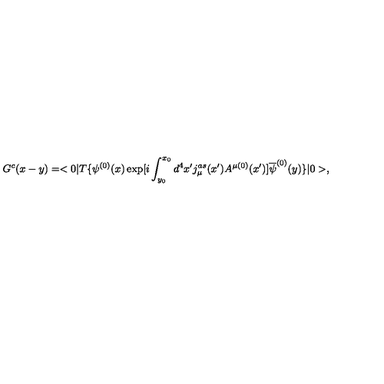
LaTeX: G ^ { c } ( x - y ) = < 0 | T \{ \psi ^ { ( 0 ) } ( x ) \exp [ i \int _ { y _ { 0 } } ^ { x _ { 0 } } d ^ { 4 } x ^ { \prime } j _ { \mu } ^ { a s } ( x ^ { \prime } ) A ^ { \mu ( 0 ) } ( x ^ { \prime } ) ] \overline { { \psi } } ^ { ( 0 ) } ( y ) \} | 0 > ,